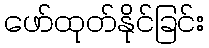
ဖော်ထုတ်နိုင်ခြင်း